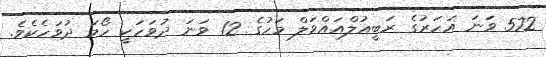
572 ވަނަ އަހަރުގެ ރަބީޢުލްއައްވަލް މަހުގެ 12 ވަނަ ދުވަހަކީ ހޯމަ ދުވަހެކެވެ.